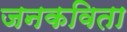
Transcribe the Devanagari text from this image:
जनकविता